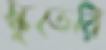
স্কুডেরি